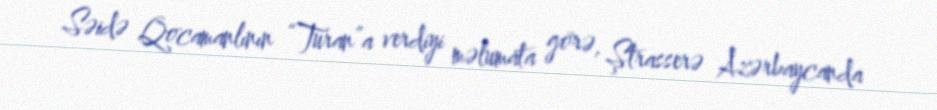
Səidə Qocamanlının “Turan”a verdiyi məlumata görə, Ştrasserə Azərbaycanda